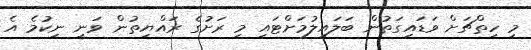
މި ހިތްޗަށް ވަޑައިގަތުން ބަލައިލުމަށްޓައި މި ރަށުގެ ރައްޔިތުން ވަނީ ނިކުމެ އެ